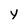
Character: y